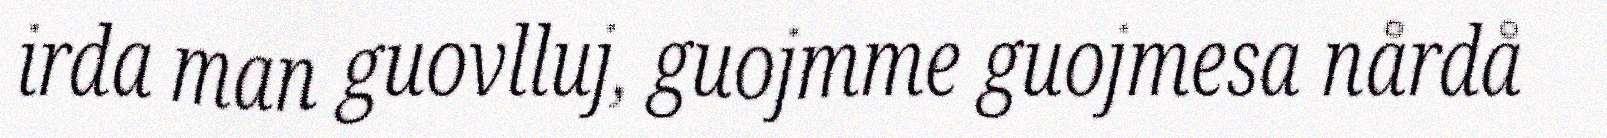
irda man guovlluj, guojmme guojmesa nårdå